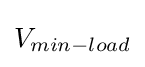
V_{min-load}